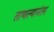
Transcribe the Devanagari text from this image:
ताणल्यानंतर